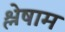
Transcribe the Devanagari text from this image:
श्लेषाम